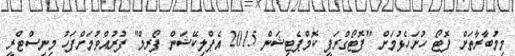
މިމުބާރާތަށް ފޮޓޯ ހުށަހެޅުމަށް "ފޮޓޯގްރަފީ ކޮމްޕެޓިޝަން 2015 އެޕްލިކޭޝަން ފޯރމް" ފުރުއްވުމަށްފަހު މިނިސްޓްރީ